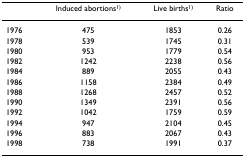
<table><thead><tr><td>[EMPTY_CELL]</td><td><b>Induced abortions<sup>1)</sup></b></td><td><b>Live births<sup>1)</sup></b></td><td><b>Ratio</b></td></tr></thead><tbody><tr><td>1976</td><td>475</td><td>1853</td><td>0.26</td></tr><tr><td>1978</td><td>539</td><td>1745</td><td>0.31</td></tr><tr><td>1980</td><td>953</td><td>1779</td><td>0.54</td></tr><tr><td>1982</td><td>1242</td><td>2238</td><td>0.56</td></tr><tr><td>1984</td><td>889</td><td>2055</td><td>0.43</td></tr><tr><td>1986</td><td>1158</td><td>2384</td><td>0.49</td></tr><tr><td>1988</td><td>1268</td><td>2457</td><td>0.52</td></tr><tr><td>1990</td><td>1349</td><td>2391</td><td>0.56</td></tr><tr><td>1992</td><td>1042</td><td>1759</td><td>0.59</td></tr><tr><td>1994</td><td>947</td><td>2104</td><td>0.45</td></tr><tr><td>1996</td><td>883</td><td>2067</td><td>0.43</td></tr><tr><td>1998</td><td>738</td><td>1991</td><td>0.37</td></tr></tbody></table>